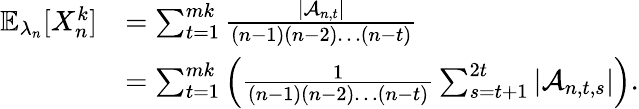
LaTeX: \begin{array}{rl}{\mathbb{E}_{\lambda_{n}}[X_{n}^{k}]}&{=\sum_{t=1}^{mk}\frac{|\mathcal{A}_{n,t}|}{(n-1)(n-2)\dots(n-t)}}\\ &{=\sum_{t=1}^{mk}\left(\frac{1}{(n-1)(n-2)\dots(n-t)}\sum_{s=t+1}^{2t}|\mathcal{A}_{n,t,s}|\right).}\end{array}